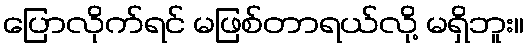
ပြောလိုက်ရင် မဖြစ်တာရယ်လို့ မရှိဘူး။